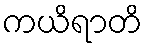
ကယိရာတိ